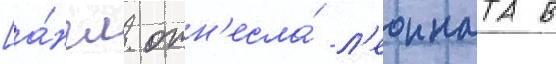
[а́нгл. отн'есла́ л'еонната в